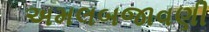
અમલબજાવણી